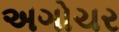
અગોચર